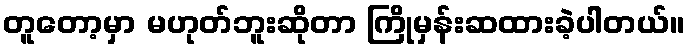
တူတော့မှာ မဟုတ်ဘူးဆိုတာ ကြိုမှန်းဆထားခဲ့ပါတယ်။